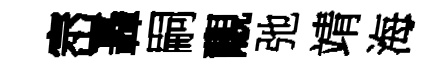
崈轟嗣覼弛靖海